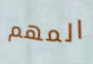
المهم